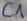
Text: C1